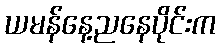
ယမန်နေ့ညနေပိုင်းက